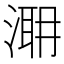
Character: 𣹼